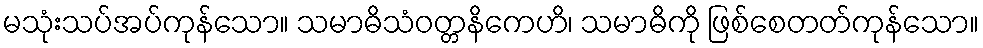
မသုံးသပ်အပ်ကုန်သော။ သမာဓိသံဝတ္တနိကေဟိ၊ သမာဓိကို ဖြစ်စေတတ်ကုန်သော။